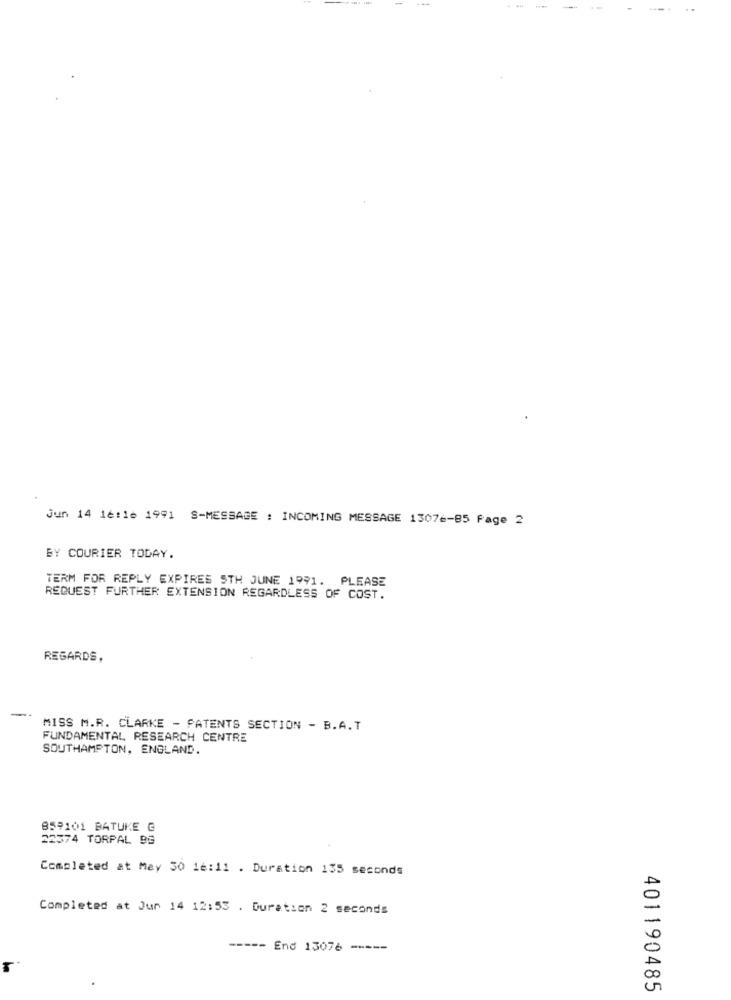
Jun 14 16:16 1991 S-MESSAGE : INCOMING MESSAGE 13076-85 Page 2
BY COURIER TODAY.
TERM FOR REPLY EXPIRES STH JUNE 1991. PLEASE
REQUEST FURTHER EXTENSION REGARDLESS OF COST.
REGARDS,
-
MISS M.R. CLARKE - PATENTS SECTION - B.A.T
FUNDAMENTAL RESEARCH CENTRE
SOUTHAMPTON, ENGLAND.
859101 BATUKE G
22374 TORPAL 99
Completed at May 50 16:11 . Duration 135 seconds
Completed at Jur 14 12:53 . Duration 2 seconds
----- End 13076 -----
401190485